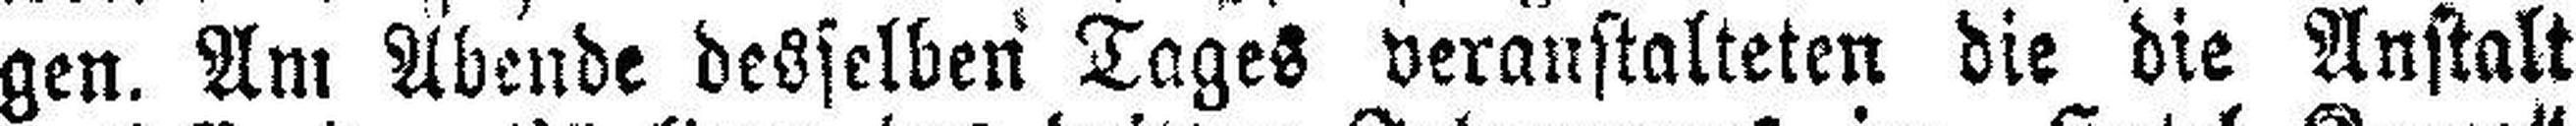
gen. Am Abende desselben Tages veranstalteten die die Anstalt